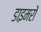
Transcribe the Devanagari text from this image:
डाइमरों